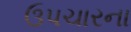
ઉપચારના